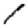
Digit: 1